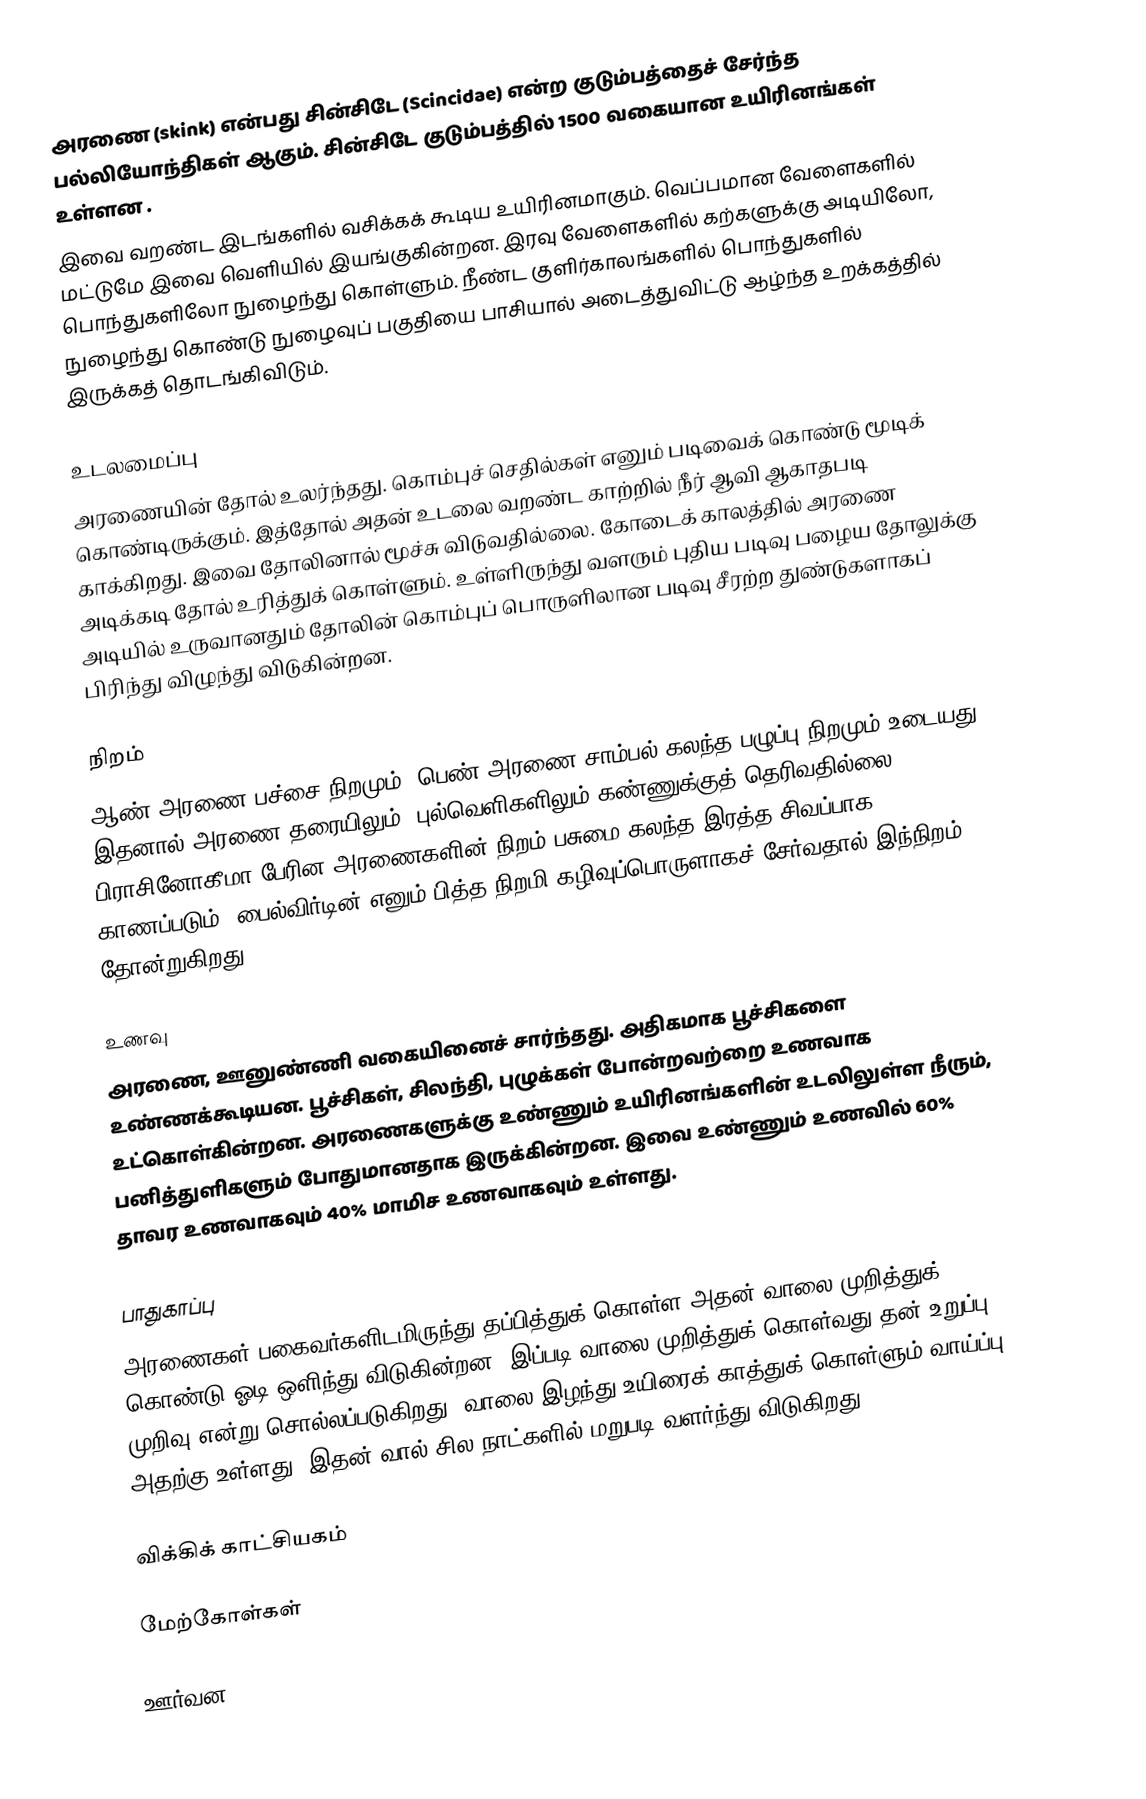
அரணை (skink) என்பது சின்சிடே (Scincidae) என்ற குடும்பத்தைச் சேர்ந்த பல்லியோந்திகள் ஆகும். சின்சிடே குடும்பத்தில் 1500 வகையான உயிரினங்கள் உள்ளன .
இவை வறண்ட இடங்களில் வசிக்கக் கூடிய உயிரினமாகும். வெப்பமான வேளைகளில் மட்டுமே இவை வெளியில் இயங்குகின்றன. இரவு வேளைகளில் கற்களுக்கு அடியிலோ, பொந்துகளிலோ நுழைந்து கொள்ளும். நீண்ட குளிர்காலங்களில் பொந்துகளில் நுழைந்து கொண்டு நுழைவுப் பகுதியை பாசியால் அடைத்துவிட்டு ஆழ்ந்த உறக்கத்தில் இருக்கத் தொடங்கிவிடும்.

உடலமைப்பு
அரணையின் தோல் உலர்ந்தது. கொம்புச் செதில்கள் எனும் படிவைக் கொண்டு மூடிக் கொண்டிருக்கும். இத்தோல் அதன் உடலை வறண்ட காற்றில் நீர் ஆவி ஆகாதபடி காக்கிறது. இவை தோலினால் மூச்சு விடுவதில்லை. கோடைக் காலத்தில் அரணை அடிக்கடி தோல் உரித்துக் கொள்ளும். உள்ளிருந்து வளரும் புதிய படிவு பழைய தோலுக்கு அடியில் உருவானதும் தோலின் கொம்புப் பொருளிலான படிவு சீரற்ற துண்டுகளாகப் பிரிந்து விழுந்து விடுகின்றன.

நிறம்
ஆண் அரணை பச்சை நிறமும், பெண் அரணை சாம்பல் கலந்த பழுப்பு நிறமும் உடையது. இதனால் அரணை தரையிலும், புல்வெளிகளிலும் கண்ணுக்குத் தெரிவதில்லை. பிராசினோகீமா பேரின அரணைகளின் நிறம் பசுமை கலந்த இரத்த சிவப்பாக காணப்படும். பைல்விர்டின் எனும் பித்த நிறமி கழிவுப்பொருளாகச் சேர்வதால் இந்நிறம் தோன்றுகிறது.

உணவு
அரணை, ஊனுண்ணி வகையினைச் சார்ந்தது. அதிகமாக பூச்சிகளை உண்ணக்கூடியன. பூச்சிகள், சிலந்தி, புழுக்கள் போன்றவற்றை உணவாக உட்கொள்கின்றன. அரணைகளுக்கு உண்ணும் உயிரினங்களின் உடலிலுள்ள நீரும், பனித்துளிகளும் போதுமானதாக இருக்கின்றன. இவை உண்ணும் உணவில் 60% தாவர உணவாகவும் 40% மாமிச உணவாகவும் உள்ளது.

பாதுகாப்பு
அரணைகள் பகைவர்களிடமிருந்து தப்பித்துக் கொள்ள அதன் வாலை முறித்துக் கொண்டு ஓடி ஒளிந்து விடுகின்றன. இப்படி வாலை முறித்துக் கொள்வது தன் உறுப்பு முறிவு என்று சொல்லப்படுகிறது. வாலை இழந்து உயிரைக் காத்துக் கொள்ளும் வாய்ப்பு அதற்கு உள்ளது. இதன் வால் சில நாட்களில் மறுபடி வளர்ந்து விடுகிறது.

விக்கிக் காட்சியகம்

மேற்கோள்கள்

 ஊர்வன